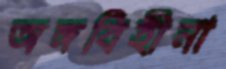
অঙ্গবিহীনা